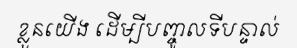
ខ្លួនយើង ដើម្បីបញ្ចូលទីបន្ទាល់